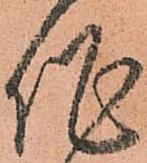
作